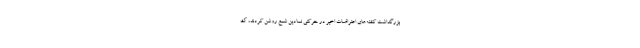
بزرگداشت کشته‌های اعتراضات اخیر در حرکتی نمادین شمع روشن کردند، ک